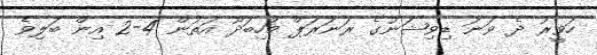
ހަވީރު ދެ ވަނަ ޑިވިޝަނުގެ ރަނަރަޕް މަހިބަދޫ އަތުން 4-2 އިން ބަލިވެ